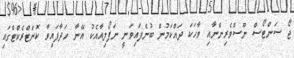
ޖޯ ސަންޓޯސް ނޫސްވެރިންނާއި ވާހަކަ ދައްކަމުން ބުނެފައިވަނީ ނަޕޯލިއާއެކު އޭނާ ހަދާފައިވާ ކޮންޓްރެކްޓްގައި